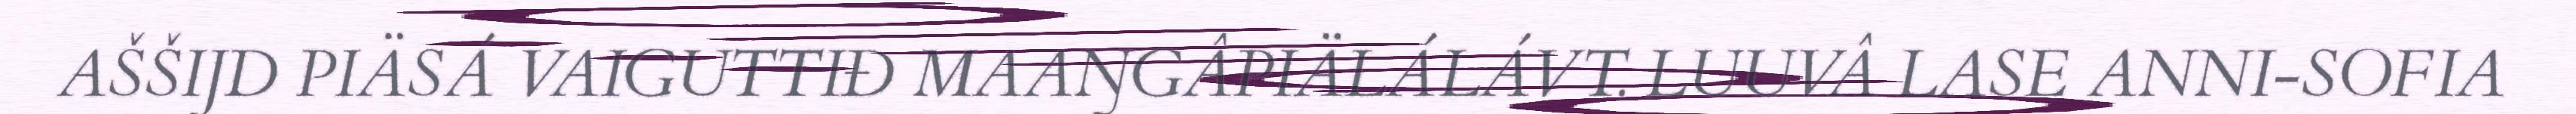
AŠŠIJD PIÄSÁ VAIGUTTIĐ MAAŊGÂPIÄLÁLÁVT. LUUVÂ LASE ANNI-SOFIA